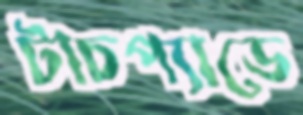
টাচপ্যাডে